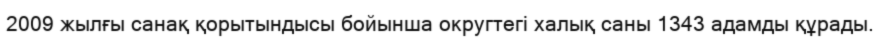
2009 жылғы санақ қорытындысы бойынша округтегі халық саны 1343 адамды құрады.